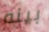
بينه